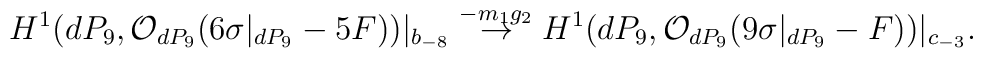
H^{1}(dP_9, {\cal O}_{dP_9}(6 \sigma|_{dP_9} - 5F))|_{b_{-8}}\stackrel{-m_1 g_2}{\rightarrow}H^{1}(dP_9, {\cal O}_{dP_9}(9 \sigma|_{dP_9} - F))|_{c_{-3}}.